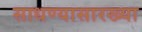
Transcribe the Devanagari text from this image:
साधण्यासारख्या